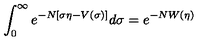
\int _ { 0 } ^ { \infty } e ^ { - N [ \sigma \eta - V ( \sigma ) ] } d \sigma = e ^ { - N W ( \eta ) }